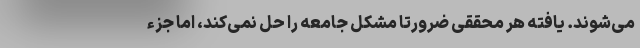
می‌شوند. یافته هر محققی ضرورتا مشکل جامعه را حل نمی‌کند، اما جزء